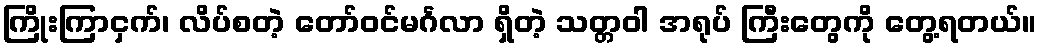
ကြိုးကြာငှက်၊ လိပ်စတဲ့ တော်ဝင်မင်္ဂလာ ရှိတဲ့ သတ္တဝါ အရုပ် ကြီးတွေကို တွေ့ရတယ်။